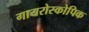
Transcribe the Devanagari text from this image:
गायरोस्कोपिक